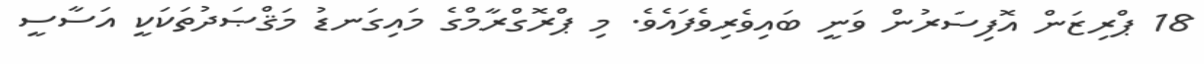
18 ޕްރިޒަން އޮފިސަރުން ވަނީ ބައިވެރިވެފައެވެ. މި ޕްރޮގްރާމްގެ މައިގަނޑު މަޤްޞަދުތަކަކީ އަސާސީ